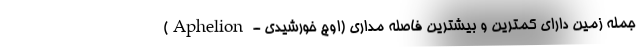
جمله زمین دارای کمترین و بیشترین فاصله مداری (اوج خورشیدی - Aphelion)